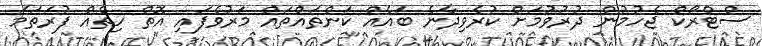
ސްޓްރޯކް ޖެހުމުން ދުރުވުމަށް ކުރެވިދާނެ ބައެއް ކަންތައްތައް މަރުވެފައި އޮތް ހިތެއް ފުރަތަމަ